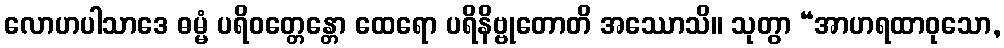
လောဟပါသာဒေ ဓမ္မံ ပရိဝတ္တေန္တော ထေရော ပရိနိဗ္ဗုတောတိ အဿောသိ။ သုတွာ “အာဟရထာဝုသော,